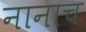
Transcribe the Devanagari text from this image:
नानाच